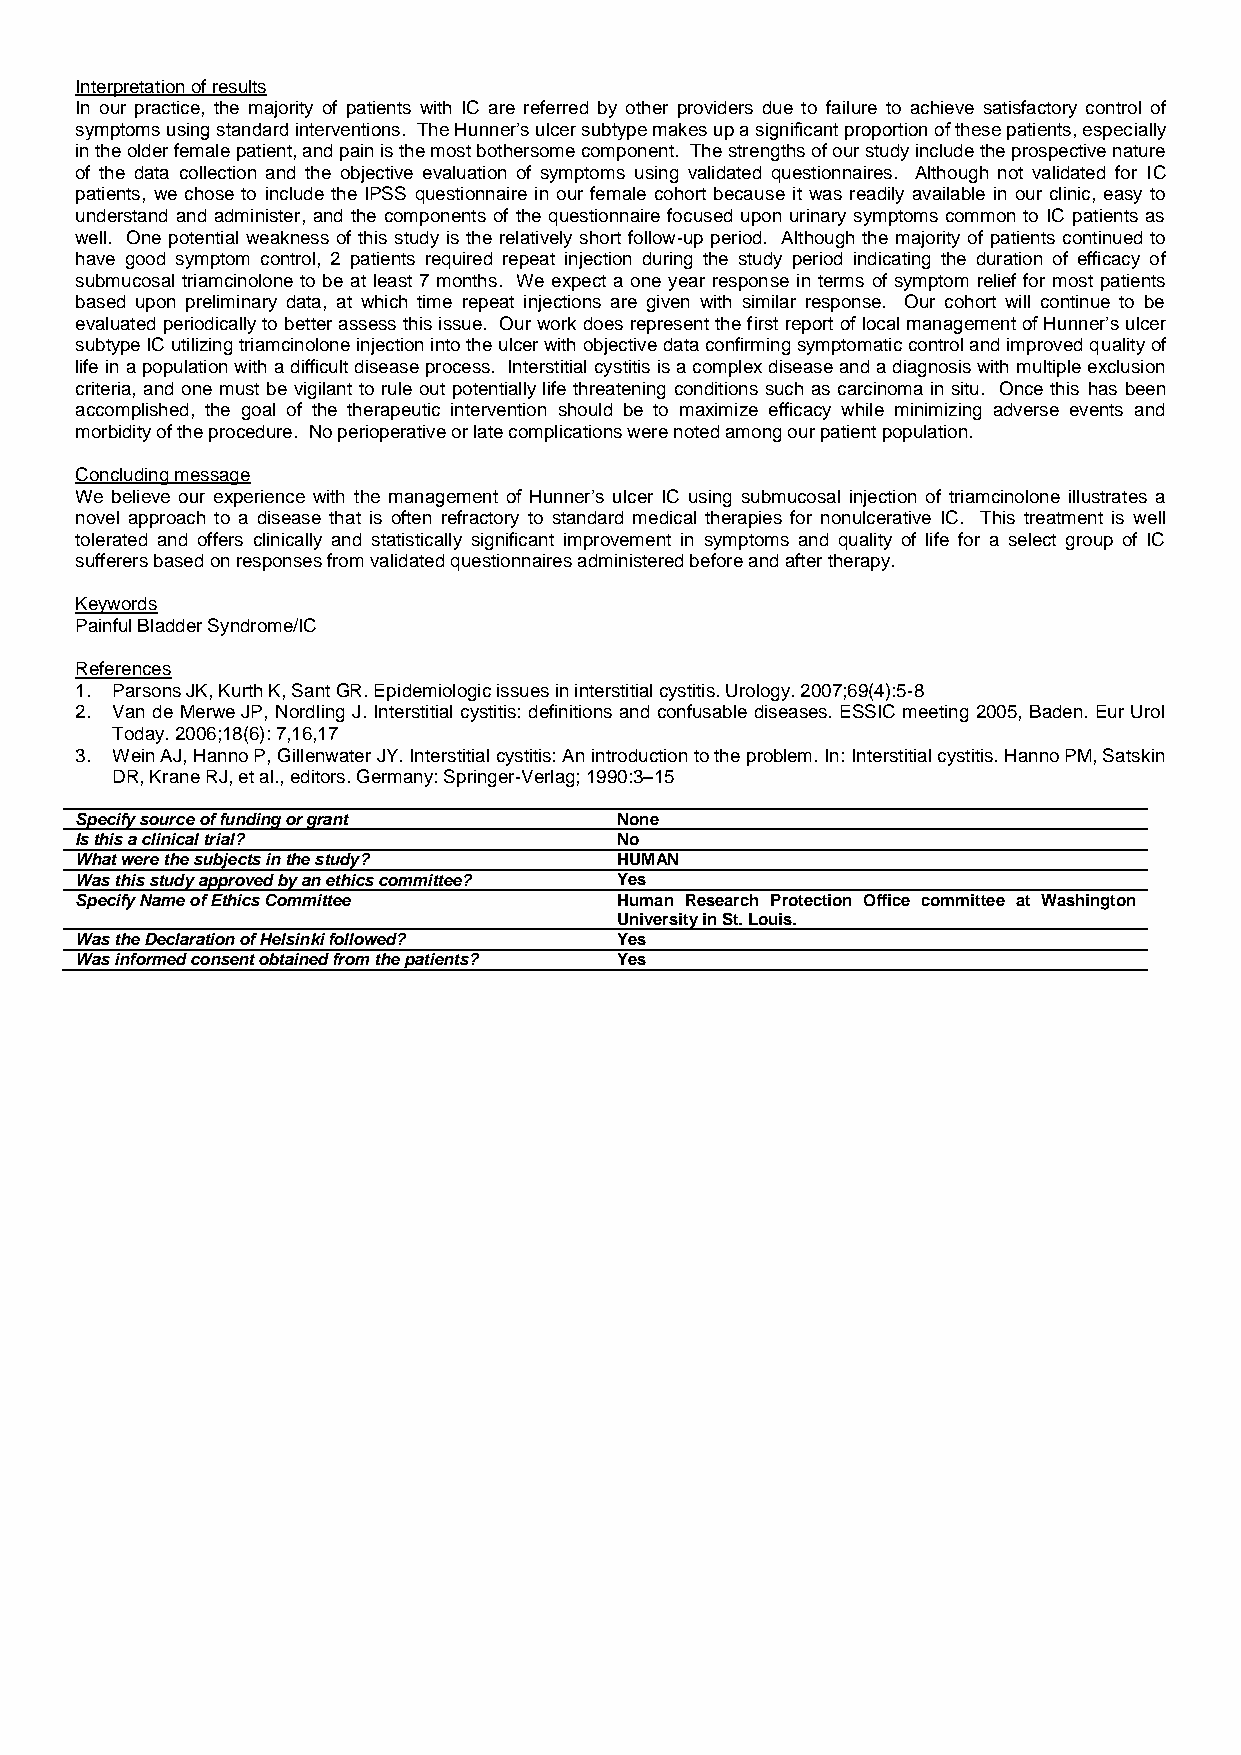
Interpretation of results
 In our practice, the majority of patients with IC are referred by other providers due to failure to achieve satisfactory control of
 symptoms using standard interventions. The Hunner’s ulcer subtype makes up a significant proportion of these patients, especially
 in the older female patient, and pain is the most bothersome component. The strengths of our study include the prospective nature
 of the data collection and the objective evaluation of symptoms using validated questionnaires. Although not validated for IC
 patients, we chose to include the IPSS questionnaire in our female cohort because it was readily available in our clinic, easy to
 understand and administer, and the components of the questionnaire focused upon urinary symptoms common to IC patients as
 well. One potential weakness of this study is the relatively short follow-up period. Although the majority of patients continued to
 have good symptom control, 2 patients required repeat injection during the study period indicating the duration of efficacy of
 submucosal triamcinolone to be at least 7 months. We expect a one year response in terms of symptom relief for most patients
 based upon preliminary data, at which time repeat injections are given with similar response. Our cohort will continue to be
 evaluated periodically to better assess this issue. Our work does represent the first report of local management of Hunner’s ulcer
 subtype IC utilizing triamcinolone injection into the ulcer with objective data confirming symptomatic control and improved quality of
 life in a population with a difficult disease process. Interstitial cystitis is a complex disease and a diagnosis with multiple exclusion
 criteria, and one must be vigilant to rule out potentially life threatening conditions such as carcinoma in situ. Once this has been
 accomplished, the goal of the therapeutic intervention should be to maximize efficacy while minimizing adverse events and
 morbidity of the procedure. No perioperative or late complications were noted among our patient population.
 Concluding message
 We believe our experience with the management of Hunner’s ulcer IC using submucosal injection of triamcinolone illustrates a
 novel approach to a disease that is often refractory to standard medical therapies for nonulcerative IC. This treatment is well
 tolerated and offers clinically and statistically significant improvement in symptoms and quality of life for a select group of IC
 sufferers based on responses from validated questionnaires administered before and after therapy.
 Keywords
 Painful Bladder Syndrome/IC
 References
 1. Parsons JK, Kurth K, Sant GR. Epidemiologic issues in interstitial cystitis. Urology. 2007;69(4):5-8
 2. Van de Merwe JP, Nordling J. Interstitial cystitis: definitions and confusable diseases. ESSIC meeting 2005, Baden. Eur Urol
 Today. 2006;18(6): 7,16,17
 3. Wein AJ, Hanno P, Gillenwater JY. Interstitial cystitis: An introduction to the problem. In: Interstitial cystitis. Hanno PM, Satskin
 DR, Krane RJ, et al., editors. Germany: Springer-Verlag; 1990:3–15
 Specify source of funding or grant  None
 Is this a clinical trial?           No
 What were the subjects in the study? HUMAN
 Was this study approved by an ethics committee? Yes
 Specify Name of Ethics Committee    Human Research Protection Office committee at Washington
 University in St. Louis.
 Was the Declaration of Helsinki followed? Yes
 Was informed consent obtained from the patients? Yes